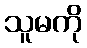
သူမကို